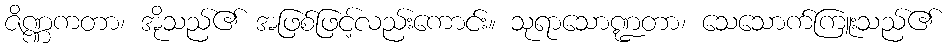
ဇိဏ္ဏကတာ၊ အိုသည်၏ အဖြစ်ဖြင့်လည်းကောင်း။ သုရာသောဏ္ဍတာ၊ သေသောက်ကြူးသည်၏